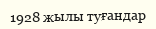
1928 жылы туғандар